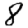
Digit: 8